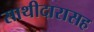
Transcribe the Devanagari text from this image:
साथीदारासह